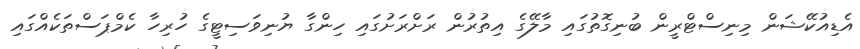
އެޑިއުކޭޝަން މިނިސްޓްރީން ބުނިގޮތުގައި މާލޭގެ އިތުރުން ރަށްރަށުގައި ހިންގާ ޔުނިވަސިޓީގެ ހުރިހާ ކެމްޕަސްތަކެއްގައި